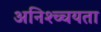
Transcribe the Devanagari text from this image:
अनिश्च्चयता